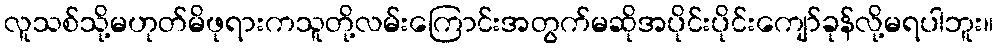
လူသစ်သို့မဟုတ်မိဖုရားကသူတို့လမ်းကြောင်းအတွက်မဆိုအပိုင်းပိုင်းကျော်ခုန်လို့မရပါဘူး။